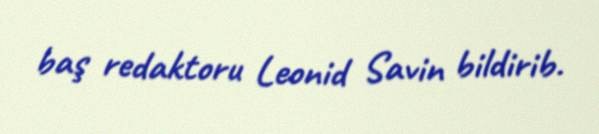
baş redaktoru Leonid Savin bildirib.